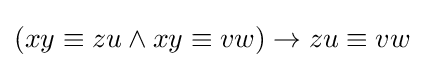
(xy\equiv zu\land xy\equiv vw)\rightarrow zu\equiv vw